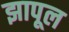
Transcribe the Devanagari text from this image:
झापूल